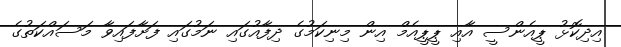
އިދިކޮޅު ޕީއެންސީ އާއި ޕީޕީއެމް އިން މިނިކަމުގެ ދިފާއުގައި ނަމުގައި ފަށާފައިވާ މަސައްކަތުގެ